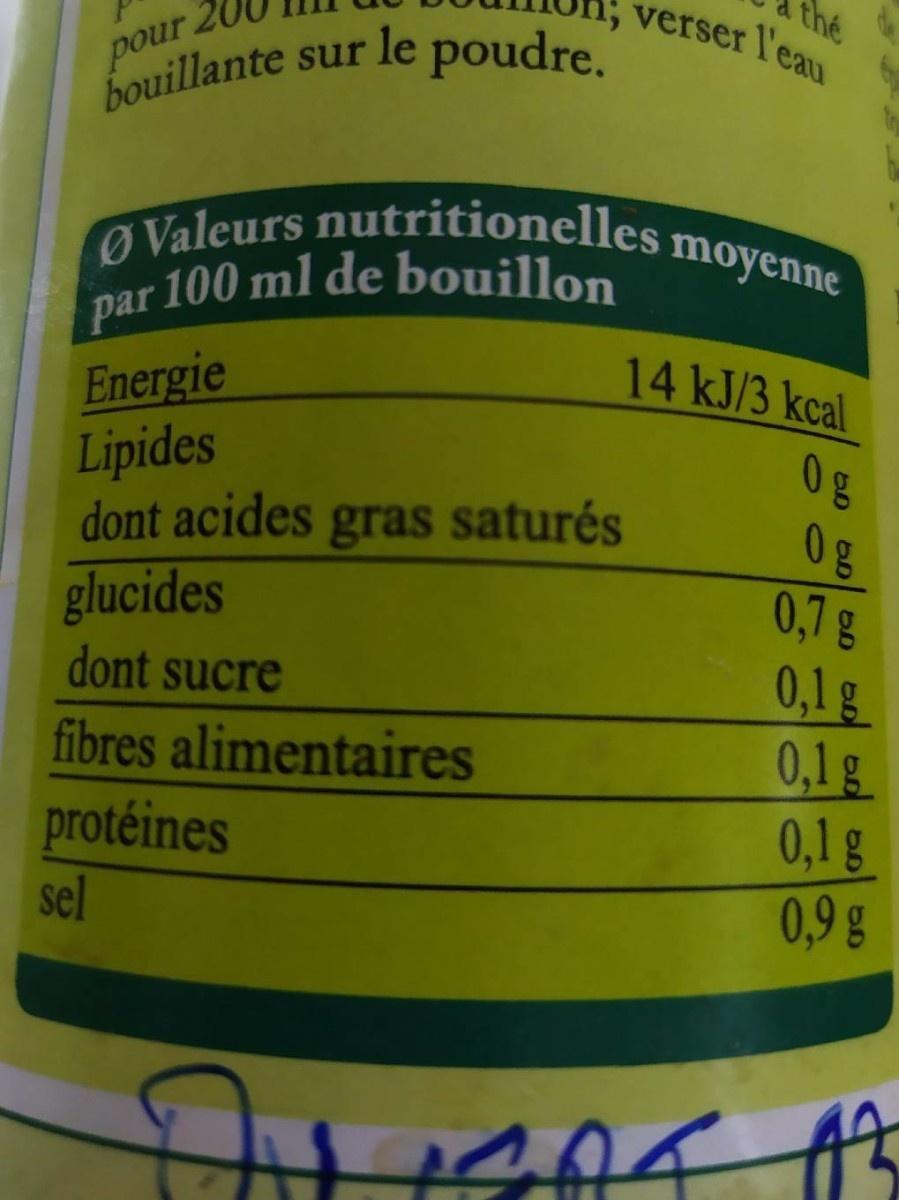
the verser l'eau
pour. bouillante
sur le poudre.
ØValeurs nutritionelles 1 par 100 ml de bouillon
moyenne
14KJ/3 kcal
Energie Lipides dont acides gras saturés glucides
0g 0g 0,7g 0,1g 0,1g 0,1g 0,9 g
dont sucre
fibres alimentaires protéines sel